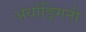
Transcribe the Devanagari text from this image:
अर्धाङ्गिनी